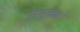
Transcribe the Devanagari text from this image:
संयुक्क्त